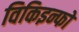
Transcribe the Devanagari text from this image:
विकिइन्फो